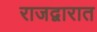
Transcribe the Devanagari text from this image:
राजद्वारात